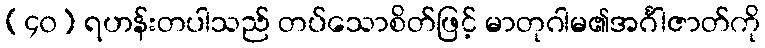
(၄၀) ရဟန်းတပါသည် တပ်သောစိတ်ဖြင့် မာတုဂါမ၏အင်္ဂါဇာတ်ကို